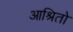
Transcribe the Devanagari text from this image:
आश्रितो